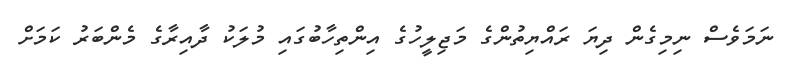
ނަަމަވެސް ނިމިގެން ދިޔަ ރައްޔިތުންގެ މަޖިލީހުގެ އިންތިހާބުގައި މުލަކު ދާއިރާގެ މެންބަރު ކަމަށް